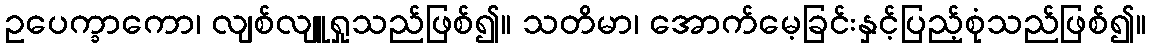
ဥပေက္ခာကော၊ လျစ်လျူရှုသည်ဖြစ်၍။ သတိမာ၊ အောက်မေ့ခြင်းနှင့်ပြည့်စုံသည်ဖြစ်၍။